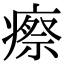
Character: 瘵